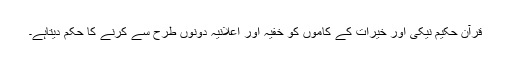
قرآن حکیم نیکی اور خیرات کے کاموں کو خفیہ اور اعلانیہ دونوں طرح سے کرنے کا حکم دیتاہے۔